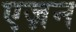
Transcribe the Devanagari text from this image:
एज़न